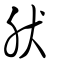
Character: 肰